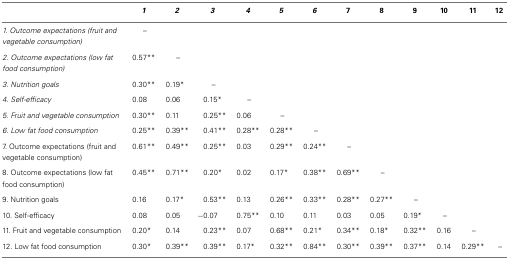
<table><thead><tr><td></td><td><b><i>1</i></b></td><td><b><i>2</i></b></td><td><b><i>3</i></b></td><td><b><i>4</i></b></td><td><b><i>5</i></b></td><td><b><i>6</i></b></td><td><b>7</b></td><td><b>8</b></td><td><b>9</b></td><td><b>10</b></td><td><b>11</b></td><td><b>12</b></td></tr></thead><tbody><tr><td><i>1. Outcome expectations (fruit and vegetable consumption)</i></td><td>–</td><td></td><td></td><td></td><td></td><td></td><td></td><td></td><td></td><td></td><td></td><td></td></tr><tr><td><i>2. Outcome expectations (low fat food consumption)</i></td><td>0.57**</td><td>–</td><td></td><td></td><td></td><td></td><td></td><td></td><td></td><td></td><td></td><td></td></tr><tr><td><i>3. Nutrition goals</i></td><td>0.30**</td><td>0.19*</td><td>–</td><td></td><td></td><td></td><td></td><td></td><td></td><td></td><td></td><td></td></tr><tr><td><i>4. Self-efficacy</i></td><td>0.08</td><td>0.06</td><td>0.15*</td><td>–</td><td></td><td></td><td></td><td></td><td></td><td></td><td></td><td></td></tr><tr><td><i>5. Fruit and vegetable consumption</i></td><td>0.30**</td><td>0.11</td><td>0.25**</td><td>0.06</td><td>–</td><td></td><td></td><td></td><td></td><td></td><td></td><td></td></tr><tr><td><i>6. Low fat food consumption</i></td><td>0.25**</td><td>0.39**</td><td>0.41**</td><td>0.28**</td><td>0.28**</td><td>–</td><td></td><td></td><td></td><td></td><td></td><td></td></tr><tr><td>7. Outcome expectations (fruit and vegetable consumption)</td><td>0.61**</td><td>0.49**</td><td>0.25**</td><td>0.03</td><td>0.29**</td><td>0.24**</td><td>–</td><td></td><td></td><td></td><td></td><td></td></tr><tr><td>8. Outcome expectations (low fat food consumption)</td><td>0.45**</td><td>0.71**</td><td>0.20*</td><td>0.02</td><td>0.17*</td><td>0.38**</td><td>0.69**</td><td>–</td><td></td><td></td><td></td><td></td></tr><tr><td>9. Nutrition goals</td><td>0.16</td><td>0.17*</td><td>0.53**</td><td>0.13</td><td>0.26**</td><td>0.33**</td><td>0.28**</td><td>0.27**</td><td>–</td><td></td><td></td><td></td></tr><tr><td>10. Self-efficacy</td><td>0.08</td><td>0.05</td><td>−0.07</td><td>0.75**</td><td>0.10</td><td>0.11</td><td>0.03</td><td>0.05</td><td>0.19*</td><td>–</td><td></td><td></td></tr><tr><td>11. Fruit and vegetable consumption</td><td>0.20*</td><td>0.14</td><td>0.23**</td><td>0.07</td><td>0.68**</td><td>0.21*</td><td>0.34**</td><td>0.18*</td><td>0.32**</td><td>0.16</td><td>–</td><td></td></tr><tr><td>12. Low fat food consumption</td><td>0.30*</td><td>0.39**</td><td>0.39**</td><td>0.17*</td><td>0.32**</td><td>0.84**</td><td>0.30**</td><td>0.39**</td><td>0.37**</td><td>0.14</td><td>0.29**</td><td>–</td></tr></tbody></table>